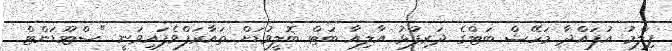
ފިލްމު އުފައްދާ މަހޭޝް ބަޓްގެ ދަރިފުޅު އާލިއާ ބަޓް ބޮލީވުޑަށް ތައާރަފްވެފައިވަނީ "ސްޓޫޑަންޓް